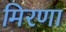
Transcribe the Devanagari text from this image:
मिरणा